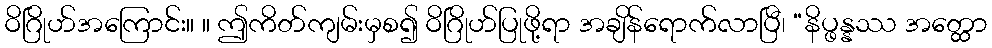
ဝိဂြိုဟ်အကြောင်း။ ။ ဤကိတ်ကျမ်းမှစ၍ ဝိဂြိုဟ်ပြုဖို့ရာ အချိန်ရောက်လာပြီ၊ “နိပ္ဖန္နဿ အတ္ထော